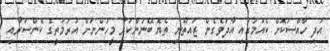
އަދި ހާއްސަކޮށް ކެއުމުގައި އާދަވެގެން ޒައިތޫނި ތެޔޮ ބޭނުންކުރާ މީހުންނަށް އުރަމަތީގެ ކެންސަރާއި